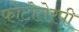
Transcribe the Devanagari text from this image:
फोटोतेरपी